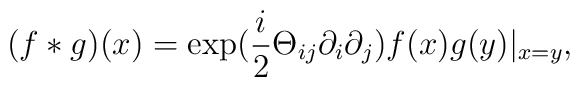
(f*g)(x)=\exp (\frac{i}{2}\Theta_{ij}\partial_{i}\partial_{j})f(x)g(y)|_{x=y},